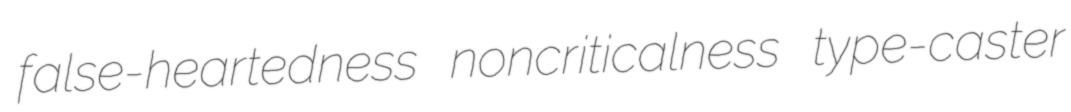
false-heartedness noncriticalness type-caster